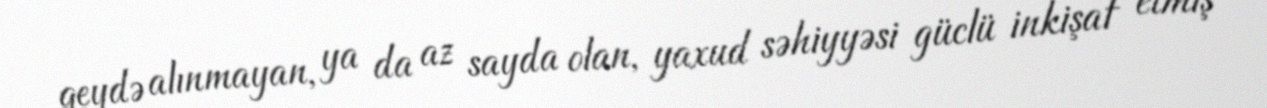
qeydə alınmayan, ya da az sayda olan, yaxud səhiyyəsi güclü inkişaf etmiş